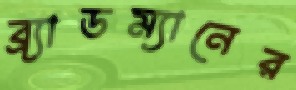
ব্র্যাডম্যানের